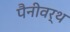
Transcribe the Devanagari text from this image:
पैनीवर्थ